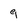
Character: 9